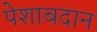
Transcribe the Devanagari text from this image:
पेशाबदान